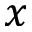
x